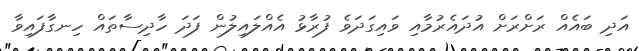
އަދި ބައެއް ރަށްރަށް އުދައެރުމާއި ވައިގަދަވެ ފުރާޅު އެއްލައިލުން ފަދަ ހާދިސާތައް ހިނގާފައިވާ